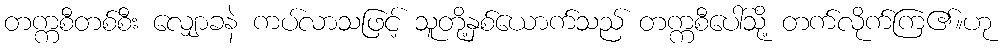
တက္ကစီတစ်စီး လျှောခနဲ ကပ်လာသဖြင့် သူတို့နှစ်ယောက်သည် တက္ကစီပေါ်သို့ တက်လိုက်ကြ၏။ဟု